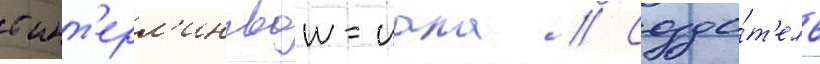
с инт'ерл'ингвои-иала // Созда́т'ель